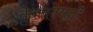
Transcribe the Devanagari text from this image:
वेदान्तसूत्रें